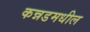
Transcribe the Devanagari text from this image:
कन्नडमधील